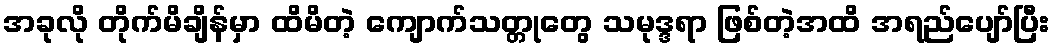
အခုလို တိုက်မိချိန်မှာ ထိမိတဲ့ ကျောက်သတ္တုတွေ သမုဒ္ဒရာ ဖြစ်တဲ့အထိ အရည်ပျော်ပြီး